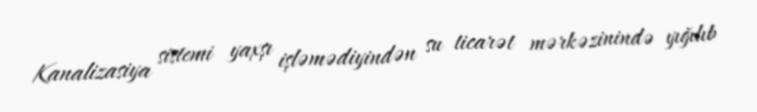
Kanalizasiya sistemi yaxşı işləmədiyindən su ticarət mərkəzinində yığılıb